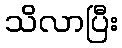
သိလာပြီး